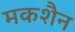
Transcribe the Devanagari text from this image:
मकशैन